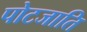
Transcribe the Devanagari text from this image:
पोटजाति